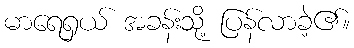
မာရေရှယ် အခန်းသို့ ပြန်လာခဲ့၏။